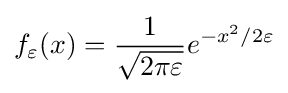
f_{\varepsilon }(x)={1 \over {\sqrt {2\pi \varepsilon }}}e^{-x^{2}/2\varepsilon }